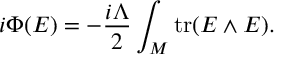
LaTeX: i \Phi ( E ) = - { \frac { i \Lambda } { 2 } } \int _ { \cal M } \mathrm { t r } ( E \wedge E ) .